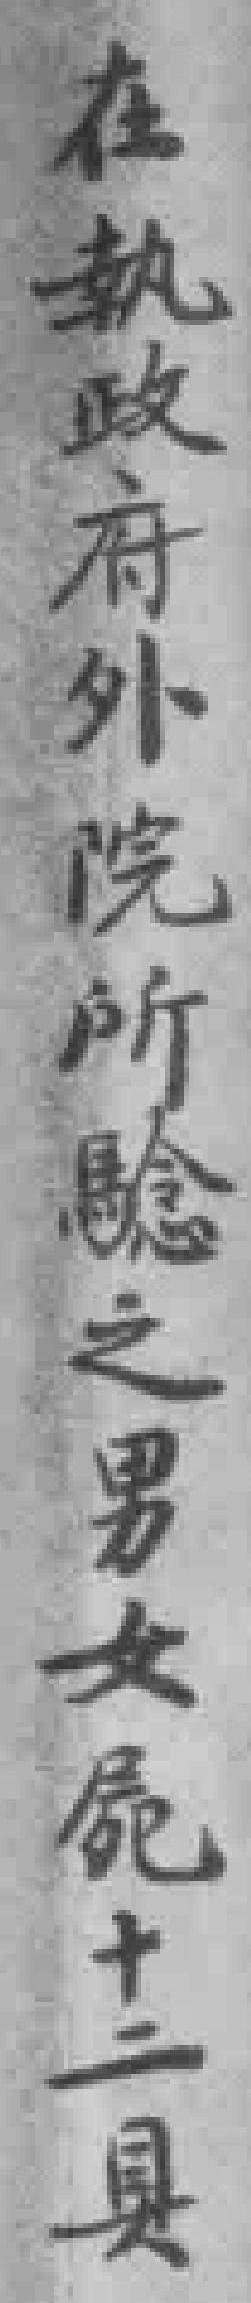
在執政府外院所騐之男女屍十二具